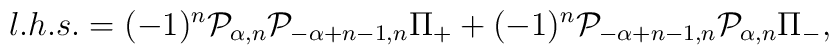
l.h.s.= (-1)^n{\cal P}_{\alpha,n}{\cal P}_{-\alpha +n-1,n}\Pi_++(-1)^n{\cal P}_{-\alpha+n-1,n}{\cal P}_{\alpha,n}\Pi_-,